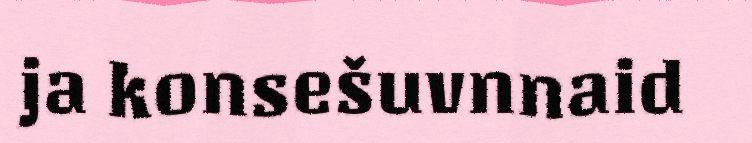
ja konsešuvnnaid